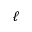
\ell